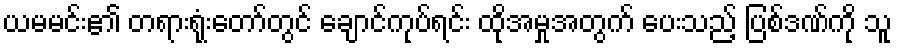
ယမမင်း၏ တရားရုံးတော်တွင် ချောင်ကုပ်ရင်း ထိုအမှုအတွက် ပေးသည့် ပြစ်ဒဏ်ကို သူ